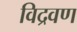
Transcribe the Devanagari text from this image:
विद्रवण